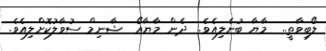
ލޯބިވާތީ..  މާޔާ ބުނެލިއެވެ.  ދެން މާޔާއޯ  ޝާނިމް ސުވާލުކޮށްލިއެވެ.